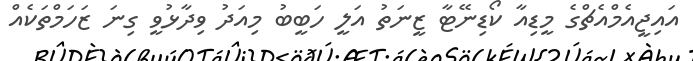
އައިޖީއެމްއެޗްގެ މީޑިއާ ކޯޑިނޭޓާ ޒީނަތު އަލީ ހަބީބު މިއަދު ވިދާޅުވީ ގިނަ ޒަހަމްތަކެއް